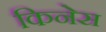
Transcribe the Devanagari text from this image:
किनेस